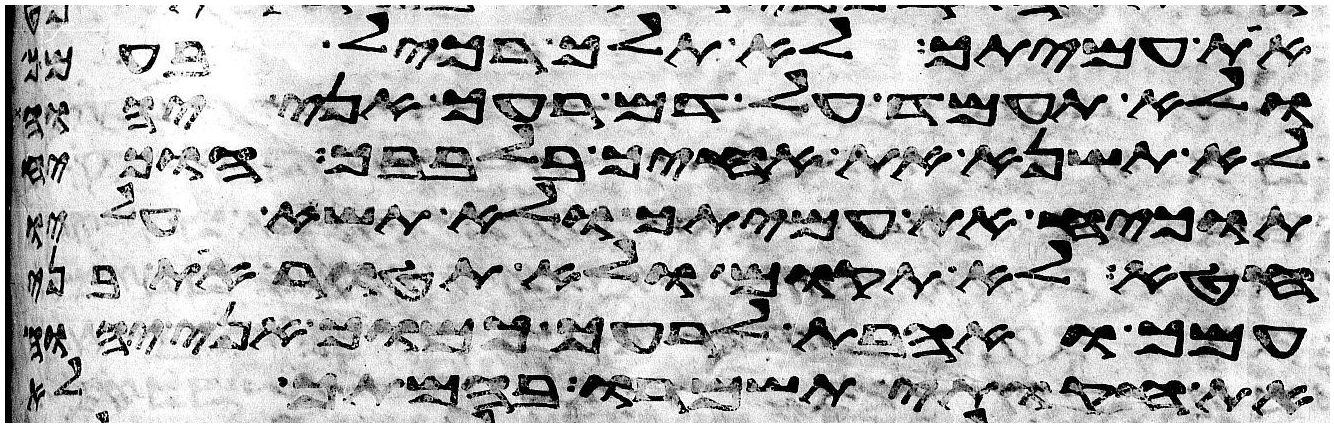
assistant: את עמיתך לא תלך רכיל בעמך
ולא תעמד על דם רעך אני יהוה
לא תשנא את אחיך בלבבך הוכיח
תוכיח את עמיתך ולא תשא עליו
חטא לא תקום ולא תהטר את בני
עמך ואהבת לרעך כמוך אני יהוה
את חקותי תשמרו בהמתך לא